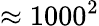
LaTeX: \approx 1000^{2}